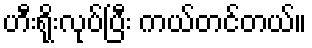
ဟီးရိုးလုပ်ပြီး ကယ်တင်တယ်။